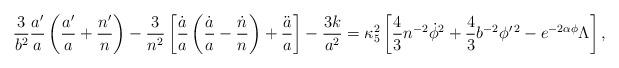
LaTeX: \begin{align*}{3\over b^2}{a^{\prime}\over a}\left({a^{\prime}\over a}+{n^{\prime}\over n}\right)-{3\over n^2}\left[{\dot{a}\over a}\left({\dot{a}\over a}-{\dot{n}\over n}\right)+{\ddot{a}\over a}\right]-{{3k}\over a^2}=\kappa^2_5\left[{4\over 3}n^{-2}\dot{\phi}^2+{4\over 3}b^{-2}\phi^{\prime\,2}-e^{-2\alpha\phi}\Lambda\right],\end{align*}